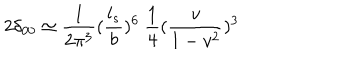
2 \delta _ { 0 0 } \simeq { \frac { 1 } { 2 \pi ^ { 3 } } } ( { \frac { l _ { s } } { b } } ) ^ { 6 } ~ { \frac { 1 } { 4 } } ( { \frac { v } { 1 - v ^ { 2 } } } ) ^ { 3 }